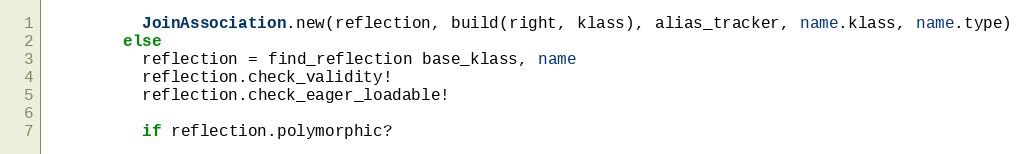
Language: Ruby
          JoinAssociation.new(reflection, build(right, klass), alias_tracker, name.klass, name.type)
        else
          reflection = find_reflection base_klass, name
          reflection.check_validity!
          reflection.check_eager_loadable!

          if reflection.polymorphic?